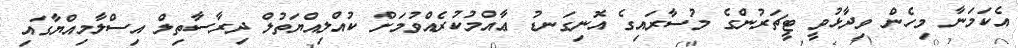
އެކަމަނާ މިހެން ވިދާޅުވީ ޓީޗަރުންގެ މުސާރައިގެ އޮނިގަނޑު ޢާއްމުކުރެއްވުމަށް ކުއްލިއްޔަތުލް ދިރާސާތިލް އިސްލާމިއްޔާގައި